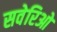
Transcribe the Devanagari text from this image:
सवेरिओ